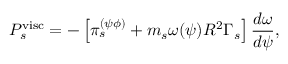
P _ { s } ^ { \mathrm { v i s c } } = - \left[ \pi _ { s } ^ { ( \psi \phi ) } + m _ { s } \omega ( \psi ) R ^ { 2 } \Gamma _ { s } \right] \frac { d \omega } { d \psi } ,